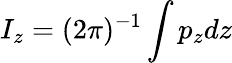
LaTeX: I_{z}=(2\pi)^{-1}\int p_{z}dz